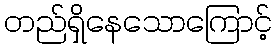
တည်ရှိနေသောကြောင့်